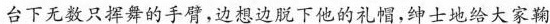
台下无数只挥舞的手臂，边想边脱下他的礼帽，绅士地给大家鞠